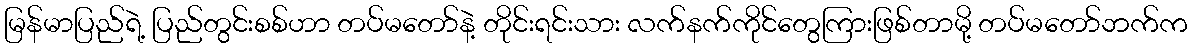
မြန်မာပြည်ရဲ့ ပြည်တွင်းစစ်ဟာ တပ်မတော်နဲ့ တိုင်းရင်းသား လက်နက်ကိုင်တွေကြားဖြစ်တာမို့ တပ်မတော်ဘက်က